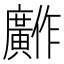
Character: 𫸋